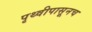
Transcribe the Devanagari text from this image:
पृथ्वीपासूनच